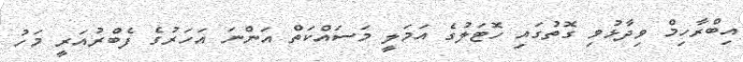
އިބްރާހިމް ވިދާޅުވި ގޮތުގައި ހޮޓަލުގެ އަމަލީ މަސައްކަތް އަންނަ އަހަރުގެ ފެބްރުއަރީ މަހު